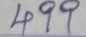
499